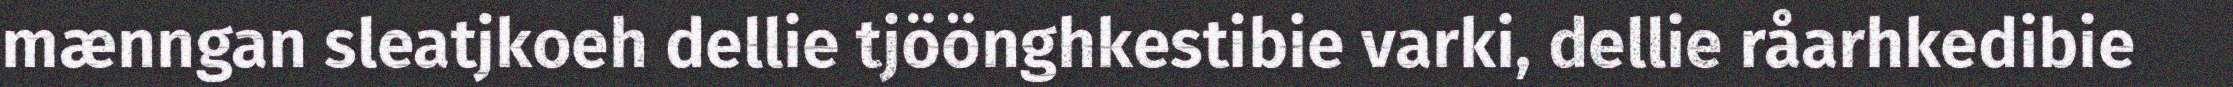
mænngan sleatjkoeh dellie tjöönghkestibie varki, dellie råarhkedibie